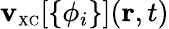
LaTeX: \mathbf{v}_{\scriptscriptstyle\mathrm{{XC}}}[\{ \phi_{i}\} ]({\mathbf{r}},t)